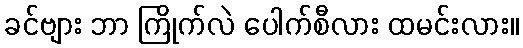
ခင်ဗျား ဘာ ကြိုက်လဲ ပေါက်စီလား ထမင်းလား။